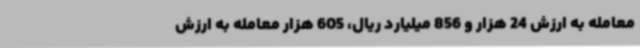
معامله به ارزش 24 هزار و 856 میلیارد ریال، 605 هزار معامله به ارزش